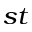
^ { s t }